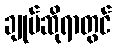
ချုပ်ဆိုရာတွင်